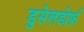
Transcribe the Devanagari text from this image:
डुसेलडोर्फ़